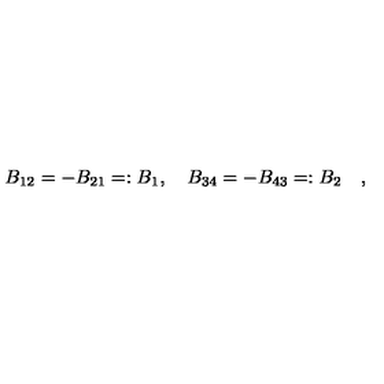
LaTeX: B _ { 1 2 } = - B _ { 2 1 } = : B _ { 1 } , \quad B _ { 3 4 } = - B _ { 4 3 } = : B _ { 2 } \quad ,